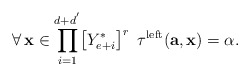
\begin{align*}\forall\,\mathbf{x}\in\displaystyle{\prod_{i=1}^{d+d^{'}}}\big{[}Y_{e+i}^{*}\big{]}^{r}\,\,\, \tau^{\mathrm{left}}(\mathbf{a},\mathbf{x})=\alpha.\end{align*}